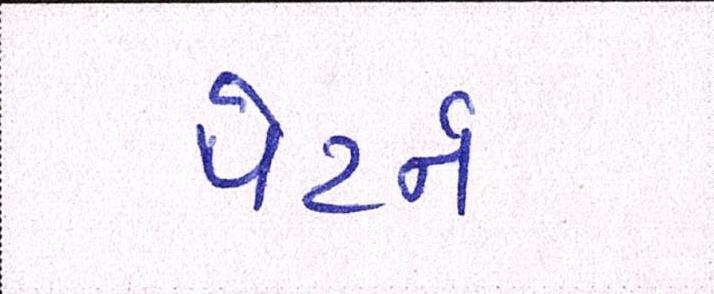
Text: પેટર્ન